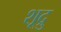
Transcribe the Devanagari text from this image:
शूद्रु